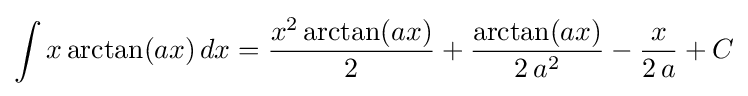
\int x\arctan(ax)\,dx={\frac {x^{2}\arctan(ax)}{2}}+{\frac {\arctan(ax)}{2\,a^{2}}}-{\frac {x}{2\,a}}+C